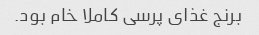
برنج غذای پرسی کاملا خام بود.